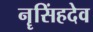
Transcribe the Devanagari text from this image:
नॄसिंहदेव